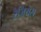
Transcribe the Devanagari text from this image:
रेजियस